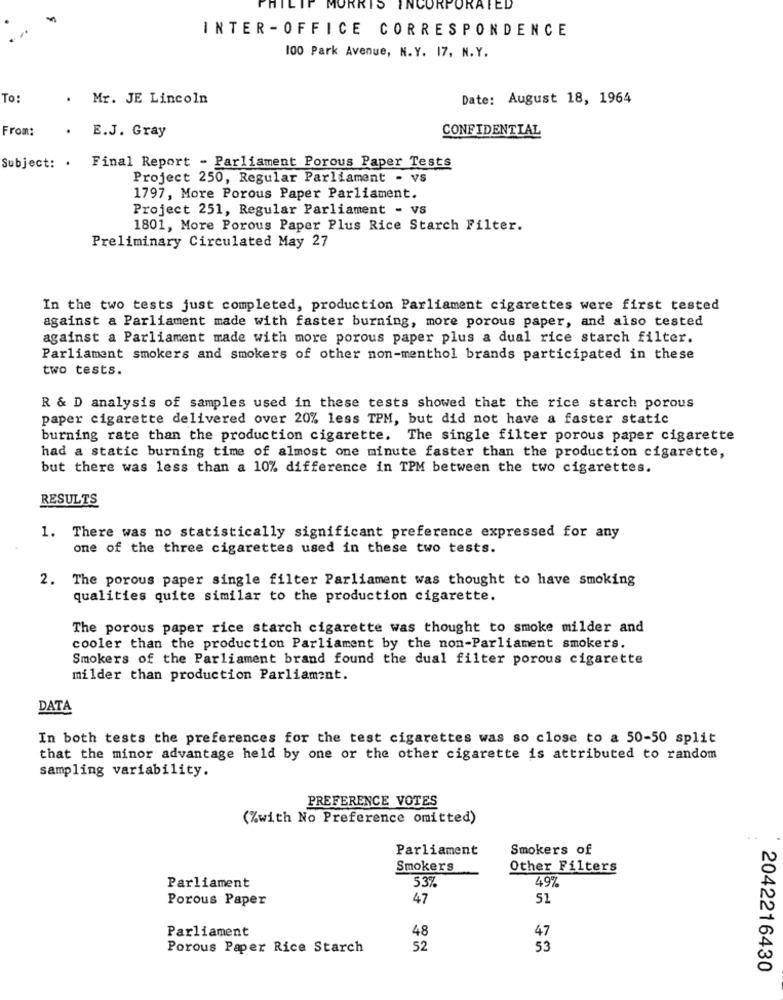
MORRIS
INCORPORATED
INTER -OFFICE CORRESPONDENCE
100 Park Avenue, N.Y. 17, N.Y.
To:
Mr. JE Lincoln
Date: August 18, 1964
From:
.
E.J. Gray
CONFIDENTIAL
Subject: . Final Report - Parliament Porous Paper Tests
Project 250, Regular Parliament - vs
1797, More Porous Paper Parliament.
Project 251, Regular Parliament - vs
1801, More Porous Paper Plus Rice Starch Filter.
Preliminary Circulated May 27
In the two tests just completed, production Parliament cigarettes were first tested
against a Parliament made with faster burning, more porous paper, and also tested
against a Parliament made with more porous paper plus a dual rice starch filter.
Parliament smokers and smokers of other non-menthol brands participated in these
two tests.
R & D analysis of samples used in these tests showed that the rice starch porous
paper cigarette delivered over 20% less TPM, but did not have a faster static
burning rate than the production cigarette. The single filter porous paper cigarette
had a static burning time of almost one minute faster than the production cigarette,
but there was less than a 10% difference in TPM between the two cigarettes.
RESULTS
1. There was no statistically significant preference expressed for any
one of the three cigarettes used in these two tests.
2. The porous paper single filter Parliament was thought to have smoking
qualities quite similar to the production cigarette.
The porous paper rice starch cigarette was thought to smoke milder and
cooler than the production Parliament by the non-Parliament smokers.
Smokers of the Parliament brand found the dual filter porous cigarette
milder than production Parliament.
DATA
In both tests the preferences for the test cigarettes was so close to a 50-50 split
that the minor advantage held by one or the other cigarette is attributed to random
sampling variability.
PREFERENCE VOTES
(%with No Preference omitted)
Parliament
Smokers of
Smokers
Other Filters
49%
Parliament
53%
Porous Paper
47
51
48
47
Parliament
Porous Paper Rice Starch
52
53
2042216430